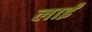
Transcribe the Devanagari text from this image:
लाईं